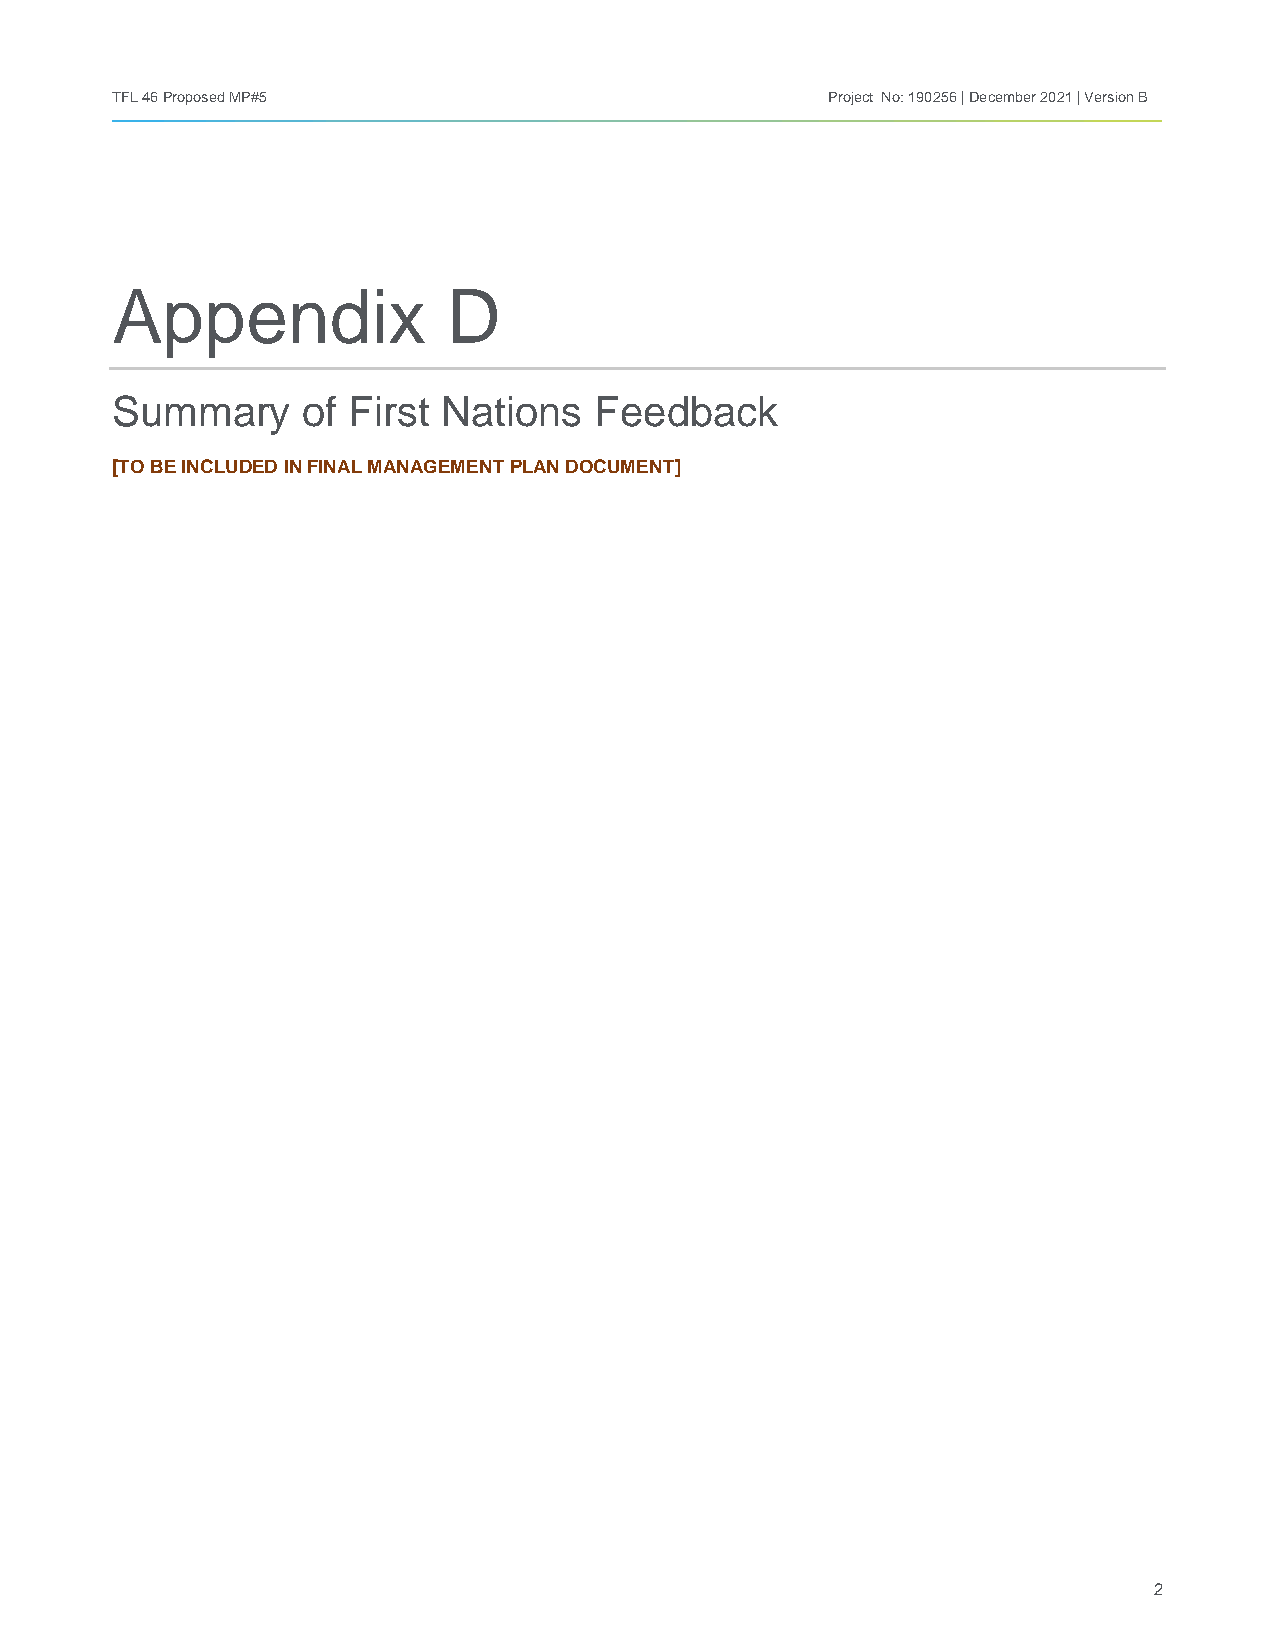
TFL 46 Proposed MP#5                            Project No: 190256 | December 2021 | Version B
 Appendix               D
 Summary      of First Nations   Feedback
 [TO BE INCLUDED IN FINAL MANAGEMENT PLAN DOCUMENT]
 2